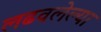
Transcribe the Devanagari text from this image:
लढवलेल्या